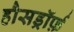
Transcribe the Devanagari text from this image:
हौसड्रॉर्फ़